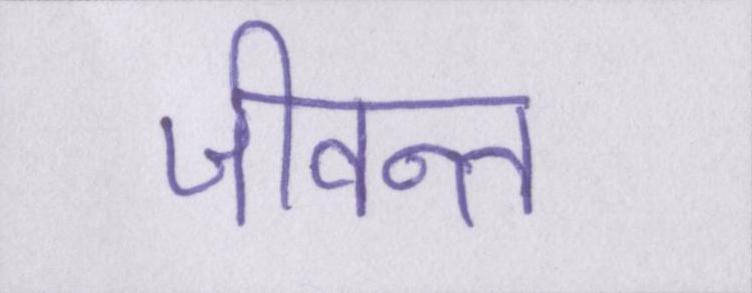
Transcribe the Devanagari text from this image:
जीवन्त